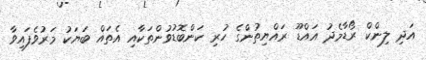
އަދި ލިންކް ރޯޑާމެދު އައްޑޫ ރައްޔިތުންގެ ހުރި ކަންބޮޑުވުންތަކާއި އެތައް ބަޔަކު މަރުވެފައިވާ